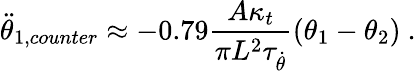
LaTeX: \ddot{\theta}_{1,counter}\approx-0.79\frac{A\kappa_{t}}{\pi L^{2}\tau_{\dot{\theta}}}(\theta_{1}-\theta_{2})\ .